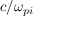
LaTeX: c / \omega _ { p i }